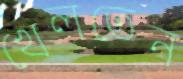
খেলতেন